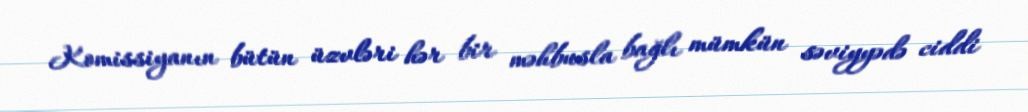
Komissiyanın bütün üzvləri hər bir məhbusla bağlı mümkün səviyyədə ciddi